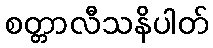
စတ္တာလီသနိပါတ်